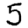
Digit: 5